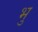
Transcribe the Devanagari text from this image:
भु